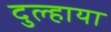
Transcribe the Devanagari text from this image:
दुल्हाया